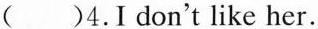
()4.I don't like her.